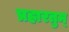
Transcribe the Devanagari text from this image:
प्रहारतुम्